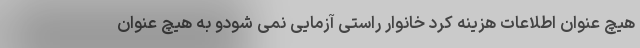
هیچ عنوان اطلاعات هزینه کرد خانوار راستی آزمایی نمی شودو به هیچ عنوان